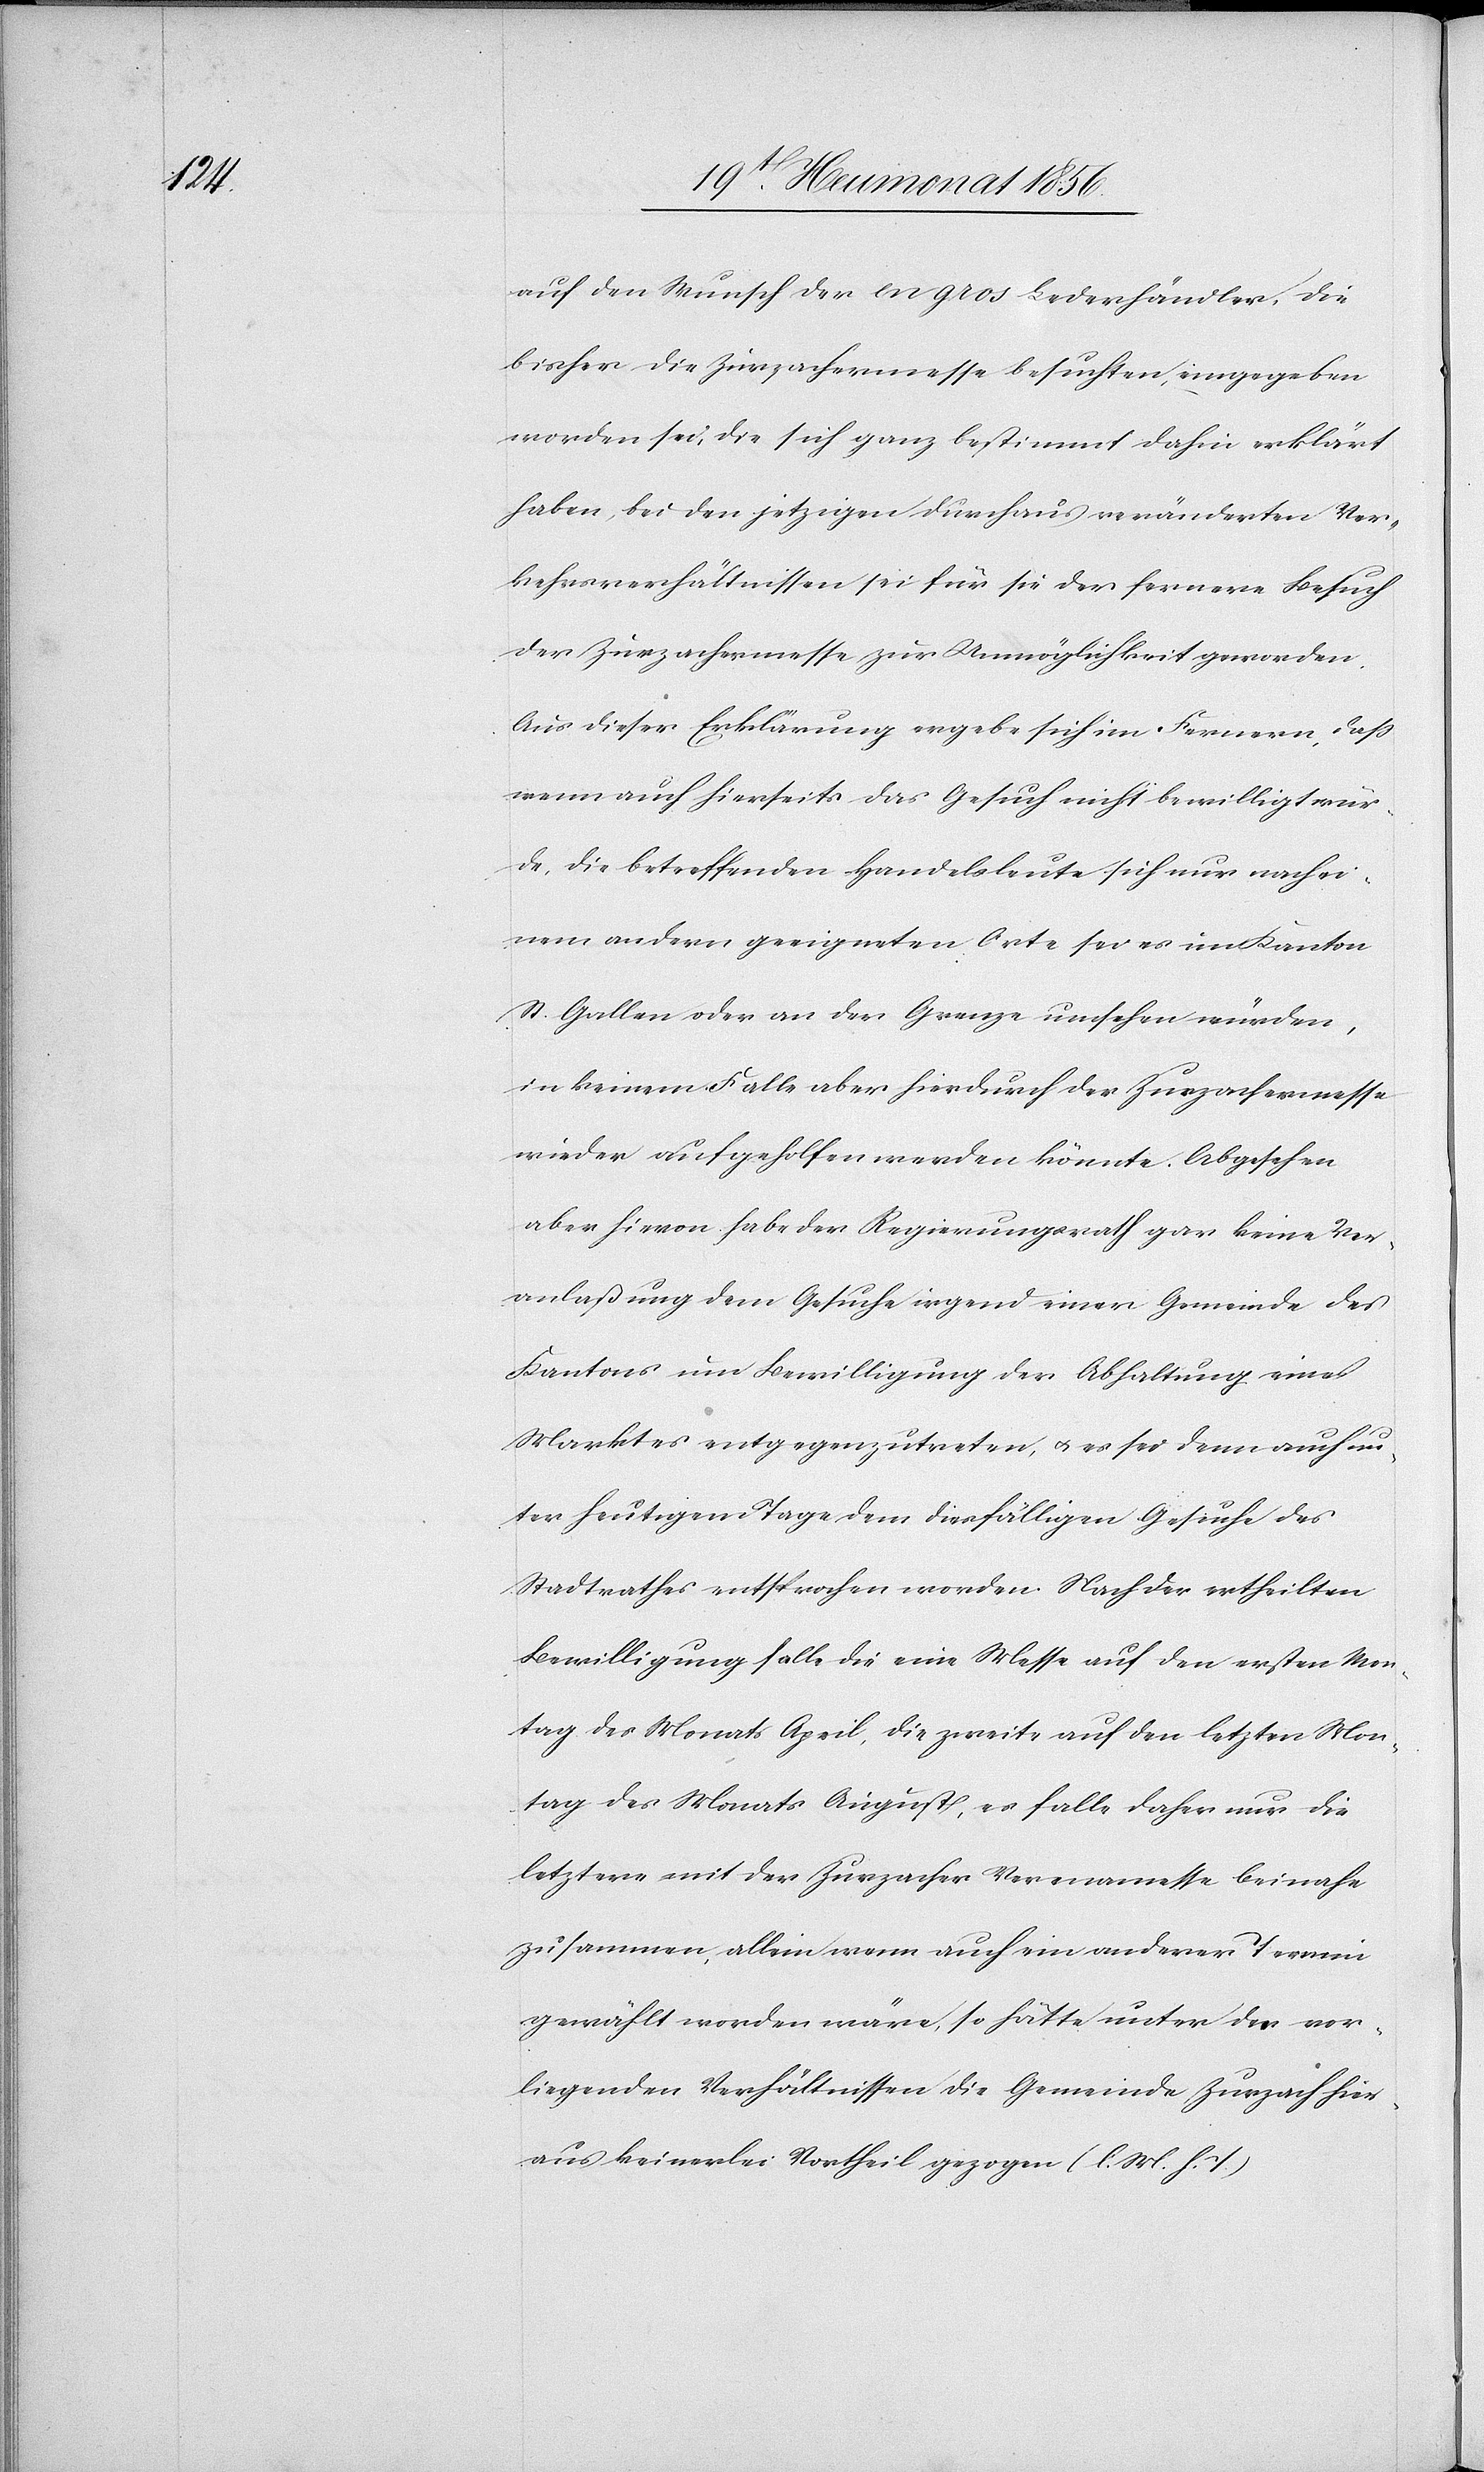
auf den Wunsch der en gros Lederhändler, die
bisher die Zurzachermesse besuchten, eingegeben
worden sei, die sich ganz bestimmt dahin erklärt
haben, bei den jetzigen durchaus veränderten Ver¬
kehrsverhältnissen sei für sie der fernere Besuch
der Zurzachermesse zur Unmöglichkeit geworden.
Aus dieser Erklärung ergebe sich im Fernern, dass
wenn auch hierseits das Gesuch nicht bewilligt wür¬
de, die betreffenden Handelsleute sich nur nach ei¬
nem andern geeigneten Orte sei es im Kanton
St. Gallen oder an der Grenze umsehen würden,
in keinem Falle aber hierdurch der Zurzachermesse
wieder aufgeholfen werden könnte. Abgesehen
aber hievon habe der Regierungsrath gar keine Ver¬
anlaßung dem Gesuche irgend einer Gemeinde des
Kantons um Bewilligung der Abhaltung eines
Marktes entgegenzutreten, u. es sei denn auch un¬
ter heutigem Tage dem diesfälligen Gesuche des
Stadtrathes entsprochen worden. Nach der ertheilten
Bewilligung falle die eine Messe auf den ersten Mon¬
tag des Monats April, die zweite auf den letzten Mon¬
tag des Monats August, es falle daher nur die
letztere mit der Zurzacher Verenamesse beinahe
zusammen, allein wenn auch ein anderer Termin
gewählt worden wäre, so hätte unter den vor¬
liegenden Verhältnissen die Gemeinde Zurzach hier¬
aus keinerlei Vortheil gezogen (l. M. h. T.)